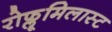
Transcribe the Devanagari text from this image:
रोफ्लूमिलास्ट